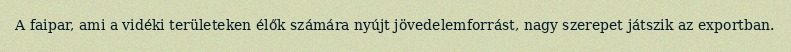
A faipar, ami a vidéki területeken élők számára nyújt jövedelemforrást, nagy szerepet játszik az exportban.